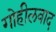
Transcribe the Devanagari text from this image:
गोहीलवाद